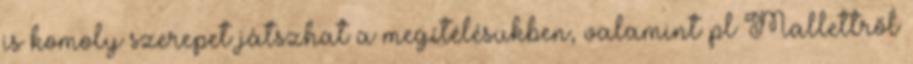
is komoly szerepet játszhat a megítélésükben, valamint pl Mallettről